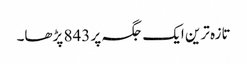
تازہ ترین ایک جگہ پر 843 پڑھا۔